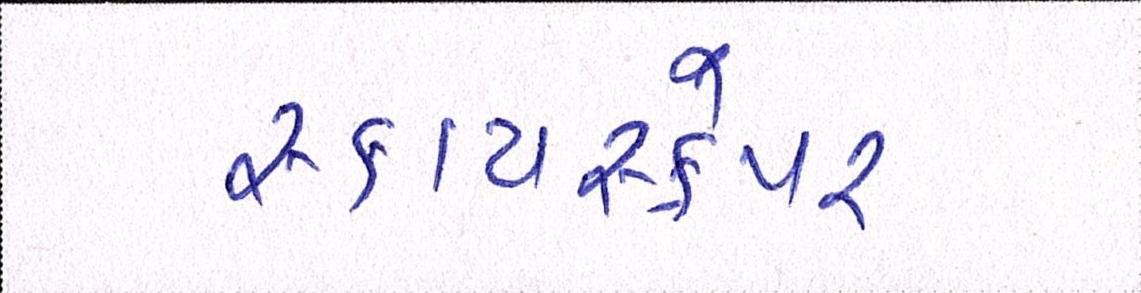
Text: સ્કાયસ્ક્રેપર